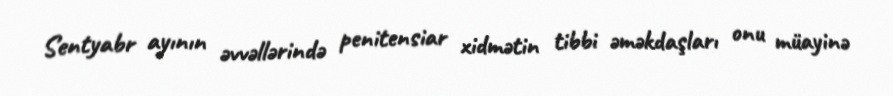
Sentyabr ayının əvvəllərində penitensiar xidmətin tibbi əməkdaşları onu müayinə